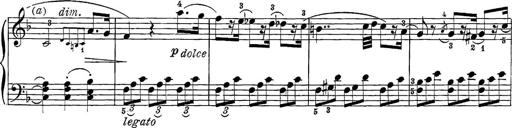
Title: 12 Sonatine per Pianoforte
Composer: Friedrich Kuhlau